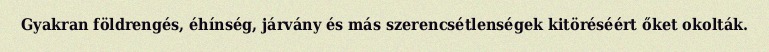
Gyakran földrengés, éhínség, járvány és más szerencsétlenségek kitöréséért őket okolták.